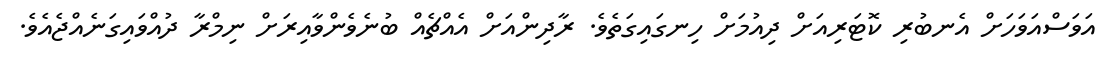
އަވަސްއަވަހަށް އެނބުރި ކޮޓަރިއަށް ދިއުމަށް ހިނގައިގަތެވެ. ރާދިންއަށް އެއްޗެއް ބުނެވެންވާއިރަށް ނިމްރާ ދުއްވައިގަނެއްޖެއެވެ.